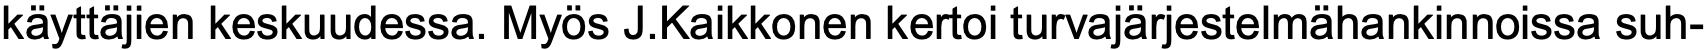
käyttäjien keskuudessa. Myös J.Kaikkonen kertoi turvajärjestelmähankinnoissa suh-